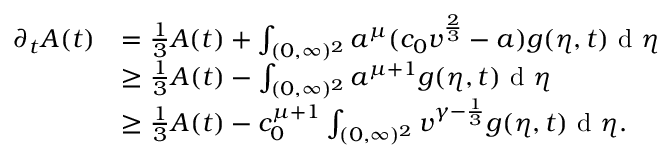
\begin{array} { r l } { \partial _ { t } A ( t ) } & { = \frac { 1 } { 3 } A ( t ) + \int _ { ( 0 , \infty ) ^ { 2 } } a ^ { \mu } ( c _ { 0 } v ^ { \frac { 2 } { 3 } } - a ) g ( \eta , t ) \textup { d } \eta } \\ & { \geq \frac { 1 } { 3 } A ( t ) - \int _ { ( 0 , \infty ) ^ { 2 } } a ^ { \mu + 1 } g ( \eta , t ) \textup { d } \eta } \\ & { \geq \frac { 1 } { 3 } A ( t ) - c _ { 0 } ^ { \mu + 1 } \int _ { ( 0 , \infty ) ^ { 2 } } v ^ { \gamma - \frac { 1 } { 3 } } g ( \eta , t ) \textup { d } \eta . } \end{array}